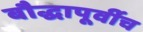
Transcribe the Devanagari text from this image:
बौद्धापूर्वीच